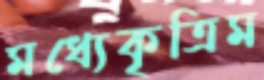
মধ্যেকৃত্রিম